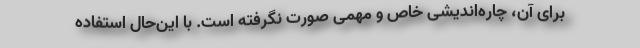
برای آن، چاره‌اندیشی خاص و مهمی صورت نگرفته است. با این‌حال استفاده